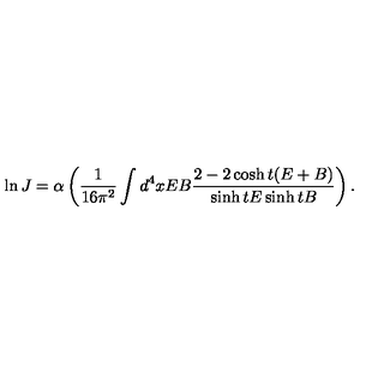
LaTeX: \ln J = \alpha \left( \frac { 1 } { 1 6 \pi ^ { 2 } } \int d ^ { 4 } x E B \frac { 2 - 2 \cosh t ( E + B ) } { \sinh t E \sinh t B } \right) .